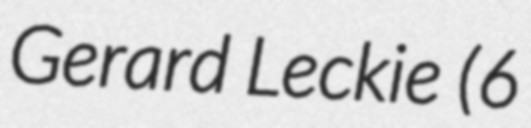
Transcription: Gerard Leckie (6